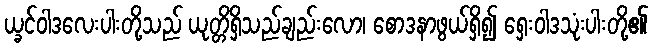
ယ္ခင်ဝါဒလေးပါးတို့သည် ယုတ္တိရှိသည်ချည်းလော၊ စောဒနာဖွယ်ရှိ၍ ရှေးဝါဒသုံးပါးတို့၏